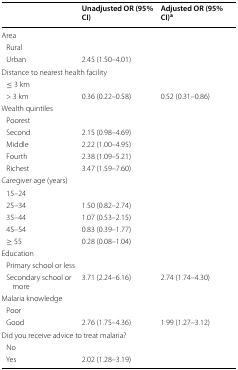
<table><thead><tr><td></td><td><b>Unadjusted OR (95% CI)</b></td><td><b>Adjusted OR (95% CI)<sup>a</sup></b></td></tr></thead><tbody><tr><td colspan="3">Area</td></tr><tr><td> Rural</td><td></td><td></td></tr><tr><td> Urban</td><td>2.45 (1.50–4.01)</td><td></td></tr><tr><td colspan="3">Distance to nearest health facility</td></tr><tr><td> ≤ 3 km</td><td></td><td></td></tr><tr><td> &gt; 3 km</td><td>0.36 (0.22–0.58)</td><td>0.52 (0.31–0.86)</td></tr><tr><td colspan="3">Wealth quintiles</td></tr><tr><td> Poorest</td><td></td><td></td></tr><tr><td> Second</td><td>2.15 (0.98–4.69)</td><td></td></tr><tr><td> Middle</td><td>2.22 (1.00–4.95)</td><td></td></tr><tr><td> Fourth</td><td>2.38 (1.09–5.21)</td><td></td></tr><tr><td> Richest</td><td>3.47 (1.59–7.60)</td><td></td></tr><tr><td colspan="3">Caregiver age (years)</td></tr><tr><td> 15–24</td><td></td><td></td></tr><tr><td> 25–34</td><td>1.50 (0.82–2.74)</td><td></td></tr><tr><td> 35–44</td><td>1.07 (0.53–2.15)</td><td></td></tr><tr><td> 45–54</td><td>0.83 (0.39–1.77)</td><td></td></tr><tr><td> ≥ 55</td><td>0.28 (0.08–1.04)</td><td></td></tr><tr><td colspan="3">Education</td></tr><tr><td> Primary school or less</td><td></td><td></td></tr><tr><td> Secondary school or more</td><td>3.71 (2.24–6.16)</td><td>2.74 (1.74–4.30)</td></tr><tr><td colspan="3">Malaria knowledge</td></tr><tr><td> Poor</td><td></td><td></td></tr><tr><td> Good</td><td>2.76 (1.75–4.36)</td><td>1.99 (1.27–3.12)</td></tr><tr><td colspan="3">Did you receive advice to treat malaria?</td></tr><tr><td> No</td><td></td><td></td></tr><tr><td> Yes</td><td>2.02 (1.28–3.19)</td><td></td></tr></tbody></table>